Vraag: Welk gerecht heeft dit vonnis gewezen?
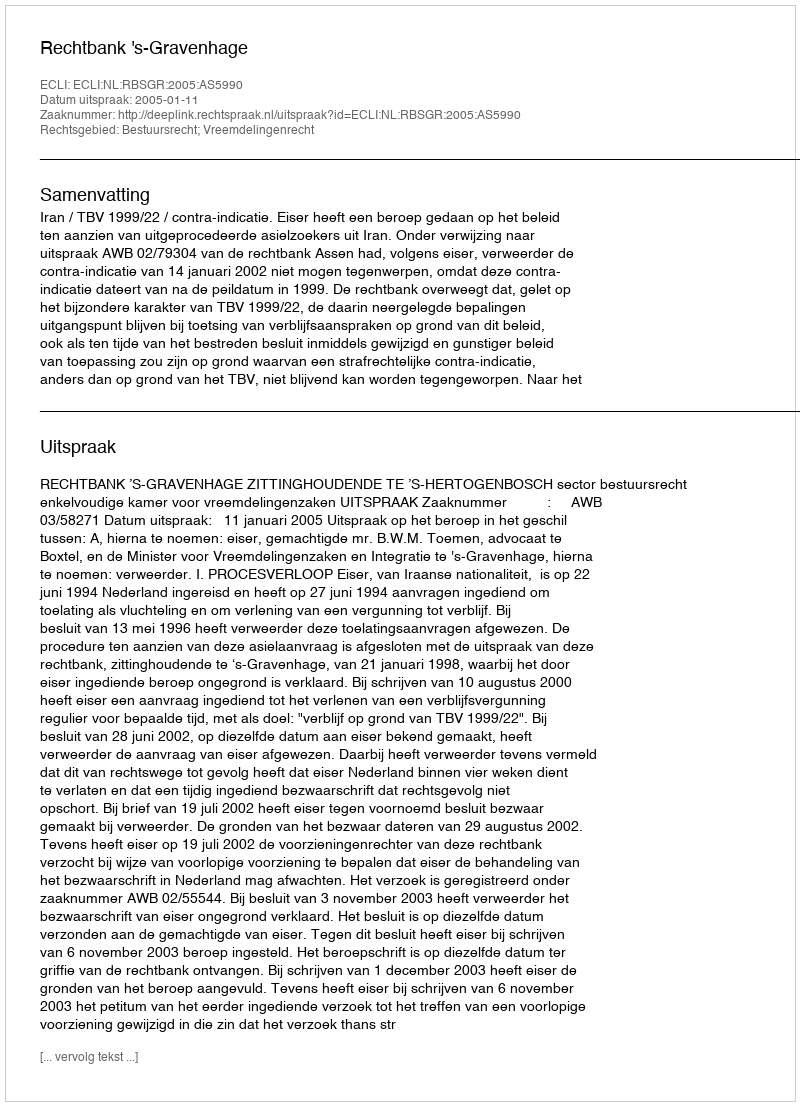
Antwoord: Rechtbank 's-Gravenhage